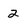
Character: 2